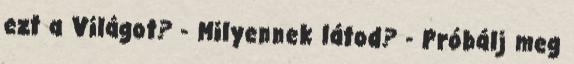
ezt a Világot? - Milyennek látod? - Próbálj meg